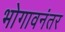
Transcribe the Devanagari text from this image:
भोगावनंतर